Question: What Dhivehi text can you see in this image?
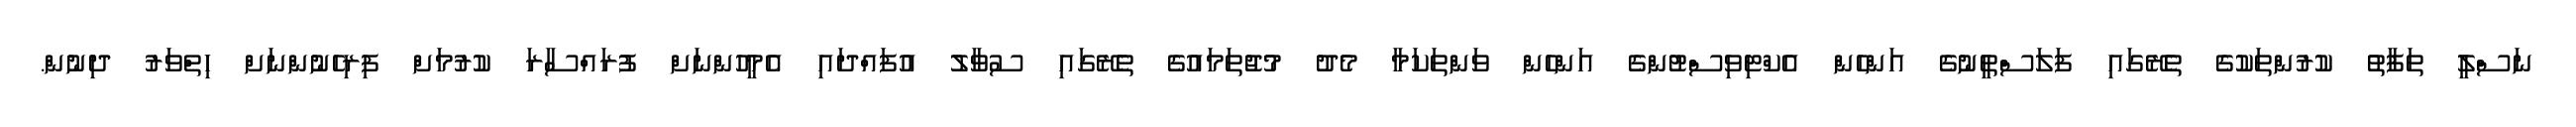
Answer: ނަސްލީ ތަފާތު ކުރުންތަކުގެ ތެރޭގައި ފަލަސްތީނުގެ އަންހެން އެކްޓިވިސްޓުންގެ އަންހެން ވަންތަކަމާ މެދު މުޖުތަމައުގެ ތެރޭގައި ސުވާލު އުފައްދައި އެމީހުންނަށް ފުރައްސާރަ ކުރުމަށް ފިރިހެނުންނަށް ހިތްވަރު ދިނުން.